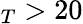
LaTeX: _T>20